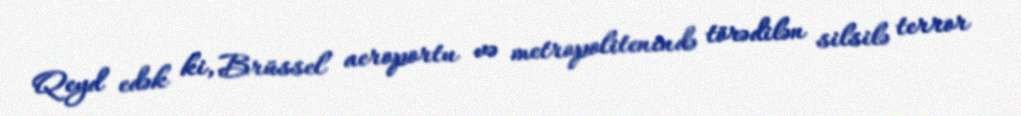
Qeyd edək ki, Brüssel aeroportu və metropolitenində törədilən silsilə terror